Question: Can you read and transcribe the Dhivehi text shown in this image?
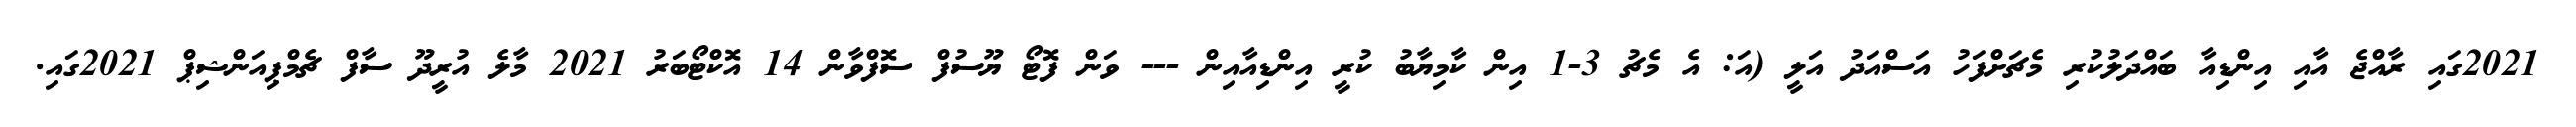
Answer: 2021ގައި ރާއްޖެ އާއި އިންޑިއާ ބައްދަލުކުރި މެޗަށްފަހު އަސްއަދު އަލީ (އަ: އެ މެޗު 3-1 އިން ކާމިޔާބު ކުރީ އިންޑިއާއިން --- ވަން ފޮޓޯ ޔޫސުފް ސޮފްވާން 14 އޮކްޓޯބަރު 2021 މާލެ އުރީދޫ ސާފް ޗެމްޕިއަންޝިޕް 2021ގައި.